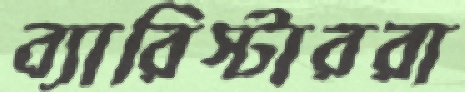
ব্যারিস্টাররা